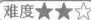
难度